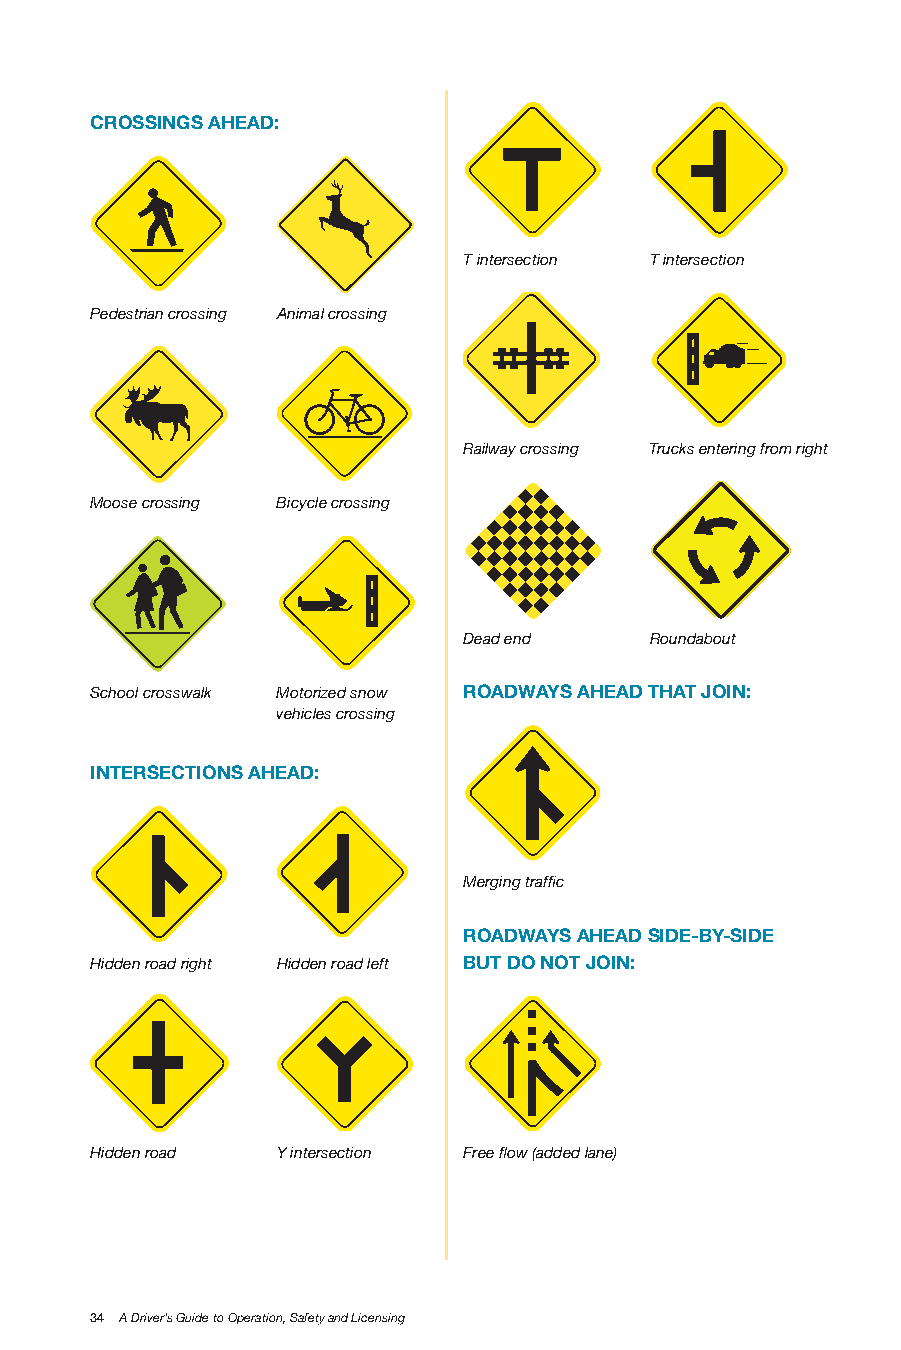
CRoSSInGS AHEAD:
 T intersection T intersection
 Pedestrian crossing Animal crossing
 Railway crossing Trucks entering from right
 Moose crossing Bicycle crossing
 Dead end    Roundabout
 School crosswalk Motorized snow RoADwAyS AHEAD THAT JoIn:
 vehicles crossing
 InTERSECTIonS AHEAD:
 Merging traffic
 RoADwAyS AHEAD SIDE-by-SIDE
 Hidden road right Hidden road left bUT Do noT JoIn:
 Hidden road Y intersection Free flow (added lane)
 34 A Driver’s Guide to Operation, Safety and Licensing